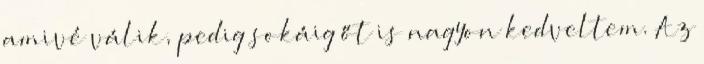
amivé válik, pedig sokáig őt is nagyon kedveltem. Az